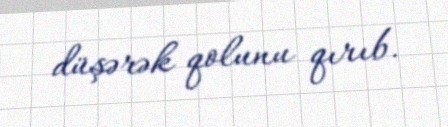
düşərək qolunu qırıb.